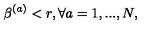
\beta ^ { ( a ) } < r , \forall a = 1 , . . . , N ,